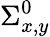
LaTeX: \Sigma_{x,y}^{0}